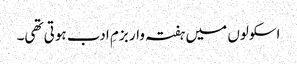
اسکولوں میں ہفتہ وار بزمِ ادب ہوتی تھی۔